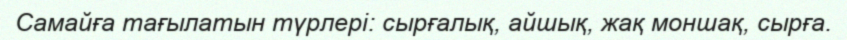
Самайға тағылатын түрлері: сырғалық, айшық, жақ моншақ, сырға.